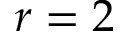
r = 2